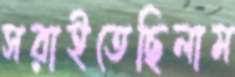
সরাইতেছিলাম